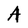
Character: A